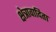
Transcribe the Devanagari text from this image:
क्षेत्रावादिता